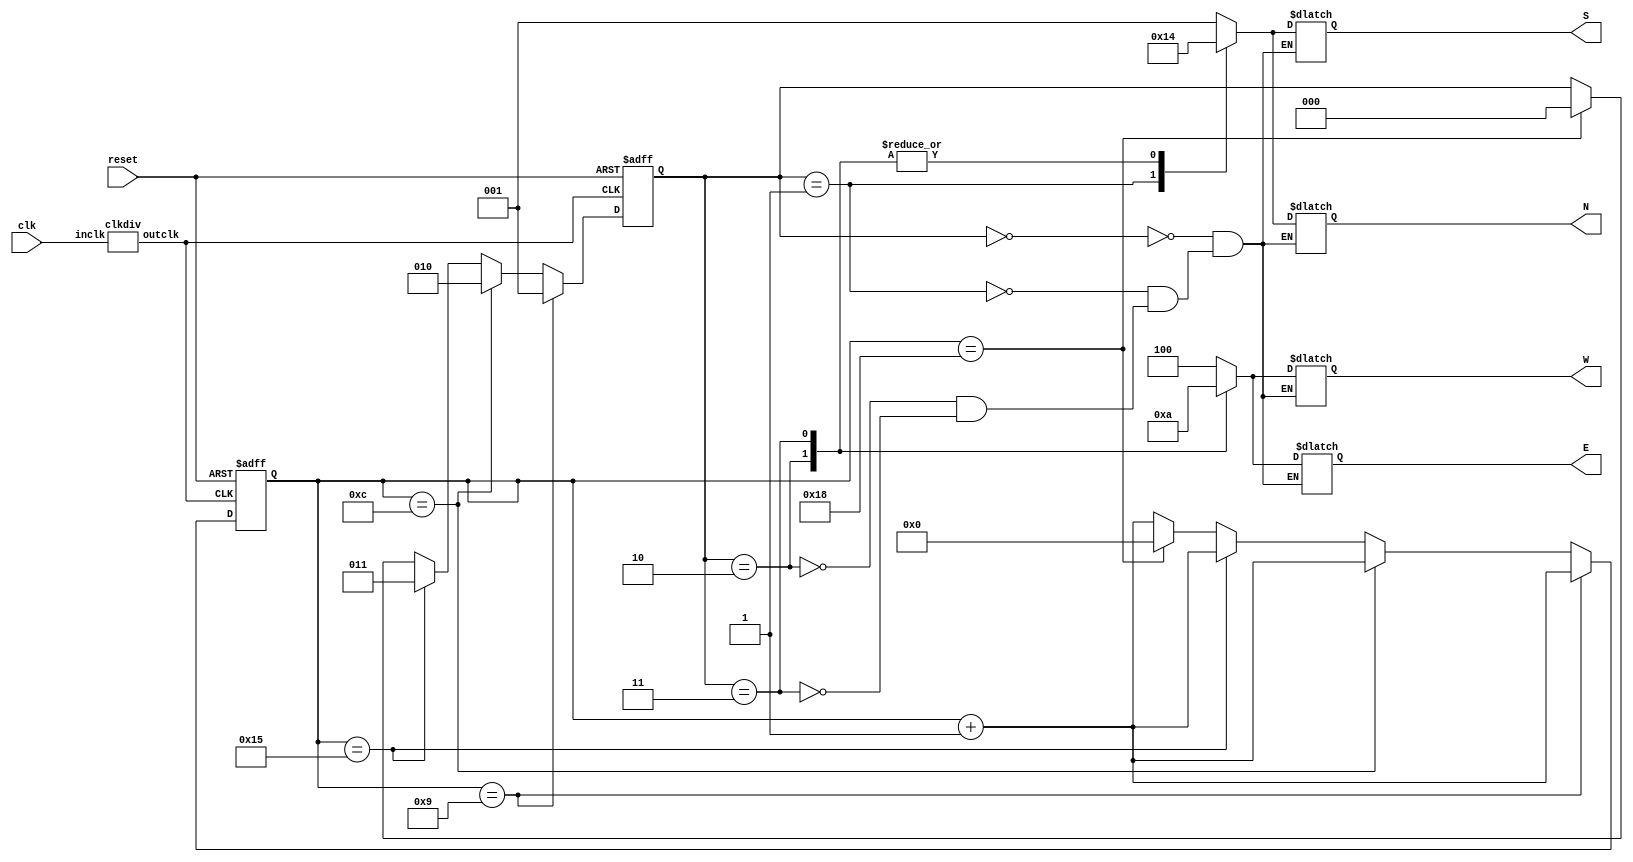
`timescale 1ns / 1ps
//////////////////////////////////////////////////////////////////////////////////
// Company: 
// Engineer: 
// 
// Design Name: 
// Module Name: traffic_lights_1
// Project Name: 
// Target Devices: 
// Tool Versions: 
// Description: 
// 
// Dependencies: 
// 
// Revision:
// Revision 0.01 - File Created
// Additional Comments:
// 
//////////////////////////////////////////////////////////////////////////////////


//module traffic_lights_1(
//    input clk,
//    input reset,
//    output reg [2:0] N,
//    output reg [2:0] S,
//    output reg [2:0] E,
//    output reg [2:0] W
//    );
    
//    wire myclk;
//    reg [5:0] counter;
//    clkdiv c1(clk,myclk);
    
//    always@(posedge myclk, posedge reset)
//    begin
//    if(reset)
//    begin
//    N<=3'b001;
//    S<=3'b001;
//    E<=3'b100;
//    W<=3'b100;
//    end
//    else
//    begin
//        case(counter)
//        6'b001001:
//            begin
//            N<=3'b010;
//            S<=3'b010;
//            E<=3'b100;
//            W<=3'b100;
//            counter<=counter+1;
//            end
//        6'b001100:
//            begin
//            N<=3'b100;
//            S<=3'b100;
//            E<=3'b001;
//            W<=3'b001;
//            counter<=counter+1;
//            end
//         6'b011101:
//            begin
//            N<=3'b100;
//            S<=3'b100;
//            E<=3'b010;
//            W<=3'b010;
//            counter<=counter+1;
//            end
//         6'b100000:
//            begin
//            N<=3'b001;
//            S<=3'b001;
//            E<=3'b100;
//            W<=3'b100;
//            counter<=6'b000000;
//            end
//        default
//            begin
//            N<=N;
//            S<=S;
//            E<=E;
//            W<=W;
//            counter<=counter+1;
//            end
//        endcase
//    end
//    end
    
//endmodule

module traffic_lights_1(input clk, input reset, output reg [2:0] N, output reg [2:0] S, output reg [2:0] E, output reg [2:0] W);
    wire myclk;
reg [5:0] counter; reg [2:0] state;
    clkdiv c1(clk,myclk);
parameter yellow=3'b010; parameter green=3'b001; parameter red=3'b100;
always@(posedge myclk, posedge reset)
    begin
        if(reset)begin counter<=5'b00000;state<=0;end
        else 
begin counter<=counter+1;
            if(counter==5'b01001) state<=1;
            else if(counter==5'b01100) state<=2;
            else if(counter==5'b10101) state<=3;
            else if(counter==5'b11000) begin state<=0;counter<=5'b00000;end 
        end
    end
    always@(state)
    case(state)
    0: begin N<=green; S<=green; E<=red; W<=red; end 
    1: begin N<=yellow; S<=yellow; E<=red; W<=red; end
    2: begin N<=red; S<=red; E<=green; W<=green; end 
    3: begin N<=red; S<=red; E<=yellow; W<=yellow; end
endcase
endmodule


module clkdiv(
    input inclk,
    output outclk
    );
    reg [35:0]q;
    always@(posedge inclk)
         q<=q+1;
    assign outclk=q[26];//around 0.75Hz
endmodule